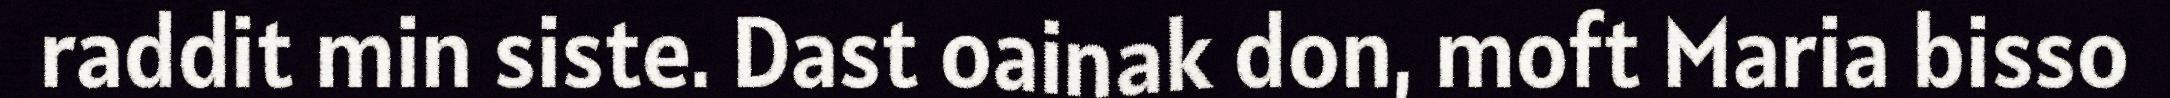
raddit min siste. Dast oainak don, moft Maria bisso